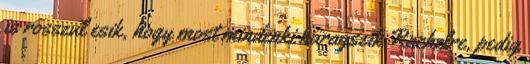
is rosszul esik, hogy most mindenki haragszik Rachelre, pedig